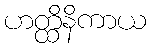
ဟတ္ထိနိကာယ